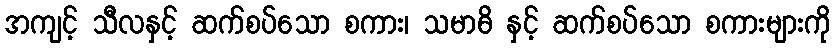
အကျင့် သီလနှင့် ဆက်စပ်သော စကား၊ သမာဓိ နှင့် ဆက်စပ်သော စကားများကို